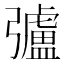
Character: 𢐸